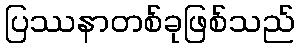
ပြဿနာတစ်ခုဖြစ်သည်